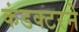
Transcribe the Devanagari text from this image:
कंडक्टरने